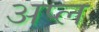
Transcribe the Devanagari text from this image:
अप्ल